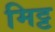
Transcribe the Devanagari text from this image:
मिट्ट